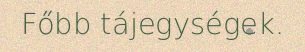
Főbb tájegységek.